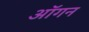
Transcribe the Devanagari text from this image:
ऑगन